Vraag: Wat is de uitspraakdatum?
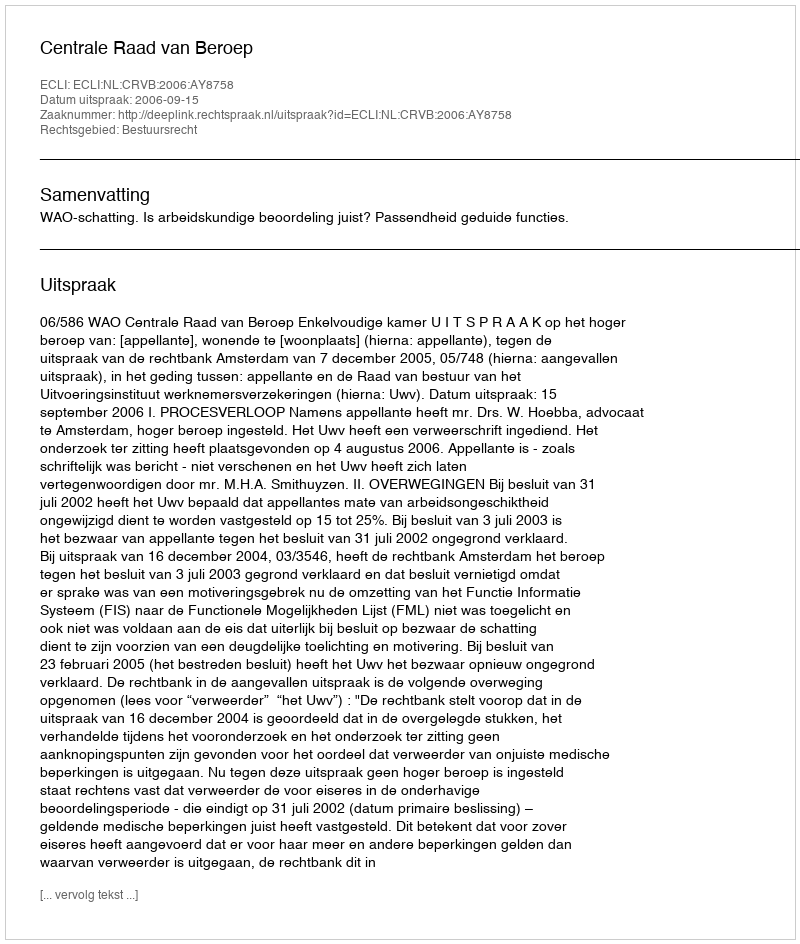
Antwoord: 2006-09-15